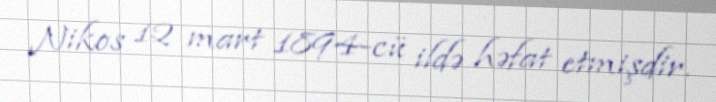
Nikos 12 mart 1894-cü ildə həfat etmişdir.